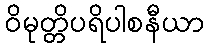
ဝိမုတ္တိပရိပါစနီယာ